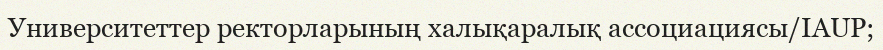
Университеттер ректорларының халықаралық ассоциациясы/IAUP;